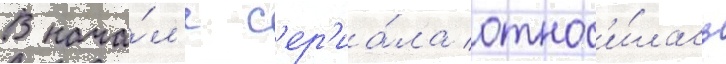
В нача́л'е с'ер'иа́ла относ'и́лась